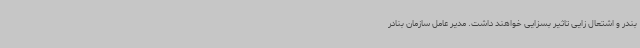
بندر و اشتعال زایی تاثیر بسزایی خواهند داشت. مدیر عامل سازمان بنادر